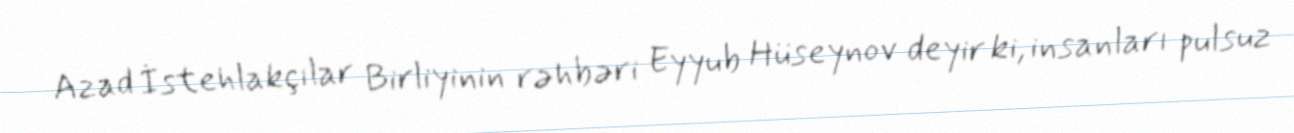
Azad İstehlakçılar Birliyinin rəhbəri Eyyub Hüseynov deyir ki, insanları pulsuz